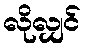
လိုလျှင်